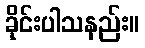
ခိုင်းပါသနည်း။